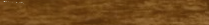
مكتبة المعرفة: عالم الكتب